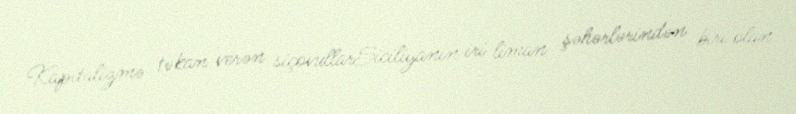
Kapitalizmə təkan verən siçovullarSiciliyanın iri liman şəhərlərindən biri olan